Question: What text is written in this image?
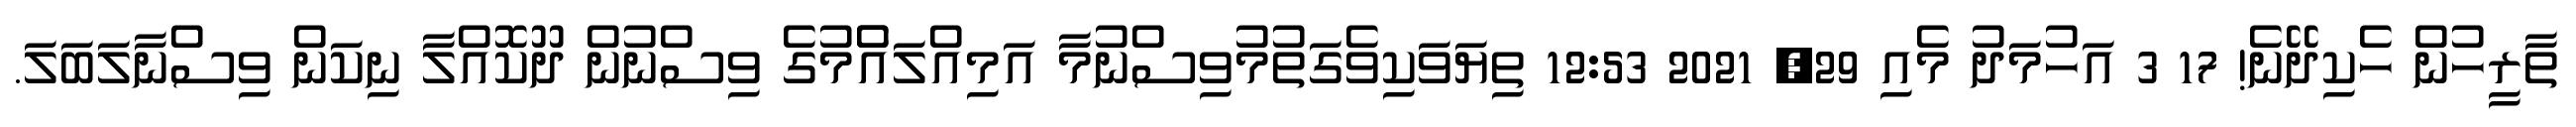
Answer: ތާރީހުން ހެކިދޭނެ! 17 3 އަހުމަދު މެއި 29, 2021 12:53 ތިޔަވަކިވެގަތުމުވިސްނުމާ އަމިއްލައެުމުގެ ވިސްނުން ދޫކޮއްލާ ނިކަން ވިސްނާލަބަލަ.